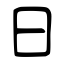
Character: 日